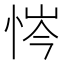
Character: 𢙿